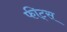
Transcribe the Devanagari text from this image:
फीट्स